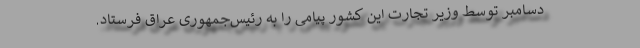
دسامبر توسط وزیر تجارت این کشور پیامی را به رئیس‌جمهوری عراق فرستاد.